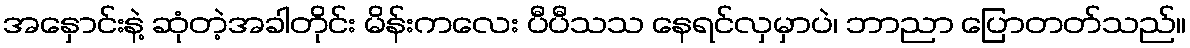
အနှောင်းနဲ့ ဆုံတဲ့အခါတိုင်း မိန်းကလေး ပီပီသသ နေရင်လှမှာပဲ၊ ဘာညာ ပြောတတ်သည်။